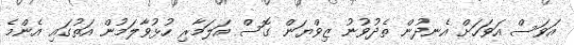
އަވަސް އަވަހަށް އެނދުން ތެދުވުނު ޒިވްޔަން ގޮސް އަލަމާރި ހުޅުވާލަމުން އަތުގައި އެންމެ